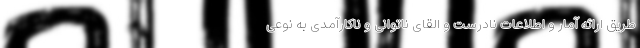
طریق ارائه آمار و اطلاعات نادرست و القای ناتوانی و ناکارآمدی به نوعی